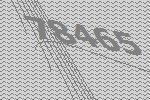
78465